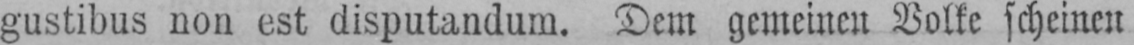
gustibus non est disputandum. Dem gemeinen Volke scheinen